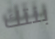
بنتك